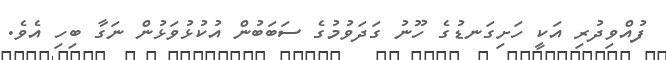
ފުއްވިދުރި އަކީ ހަށިގަނޑުގެ ހޫނު ގަދަވުމުގެ ސަބަބުން އުކުޅުވަޅުން ނަގާ ބިހި އެވެ.